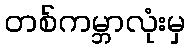
တစ်ကမ္ဘာလုံးမှ